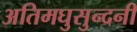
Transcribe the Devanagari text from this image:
अतिमघुसुन्दनी